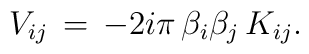
V_{ij}\,=\,-2i\pi\,\beta_i\beta_j\,K_{ij}.